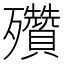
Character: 𣪁